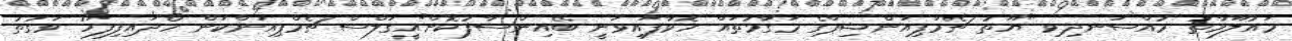
މައުލޫމާތު މުއްސަނދިވި "ޔޫތު ޗެމްޕިއަންޝިޕްގެ މަގާމުތައް ހޮވާފައިވަނީ ބޭއިންސާފުކޮށް"އީގަލްސް ޗެމްޕިއަންކަން ހޯދައިފިފަހު ވަގުތު